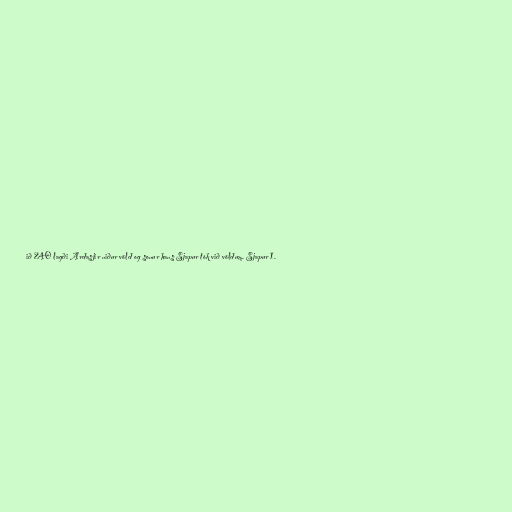
ið 240 lagði Ardasjir niður völd og sonur hans Sjapur tók við völdum. Sjapur 1.